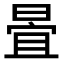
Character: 𣈍